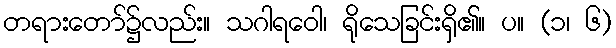
တရားတော်၌လည်း။ သဂါရဝေါ၊ ရိုသေခြင်းရှိ၏။ ပ။ (၁၊ ၆)